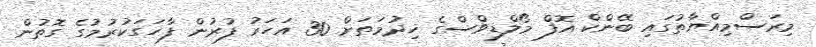
މިރަސްމިއްޔާތުގައި ބޭންކް އޮފް މޯލްޑިވްސްގެ ޚިދުމަތަށް 30 އަހަރު ފުރުން ފާހަގަކުރުމުގެ ގޮތުން